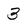
Character: 3